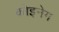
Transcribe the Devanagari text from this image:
कोइनेग